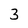
Character: 3